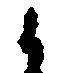
候